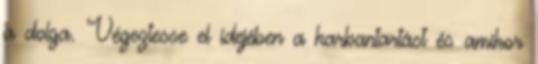
a dolga. Végeztesse el idejében a karbantartást és amikor